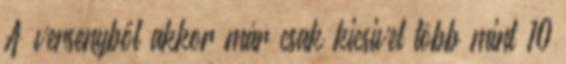
A versenyből akkor már csak kicsivel több mint 10